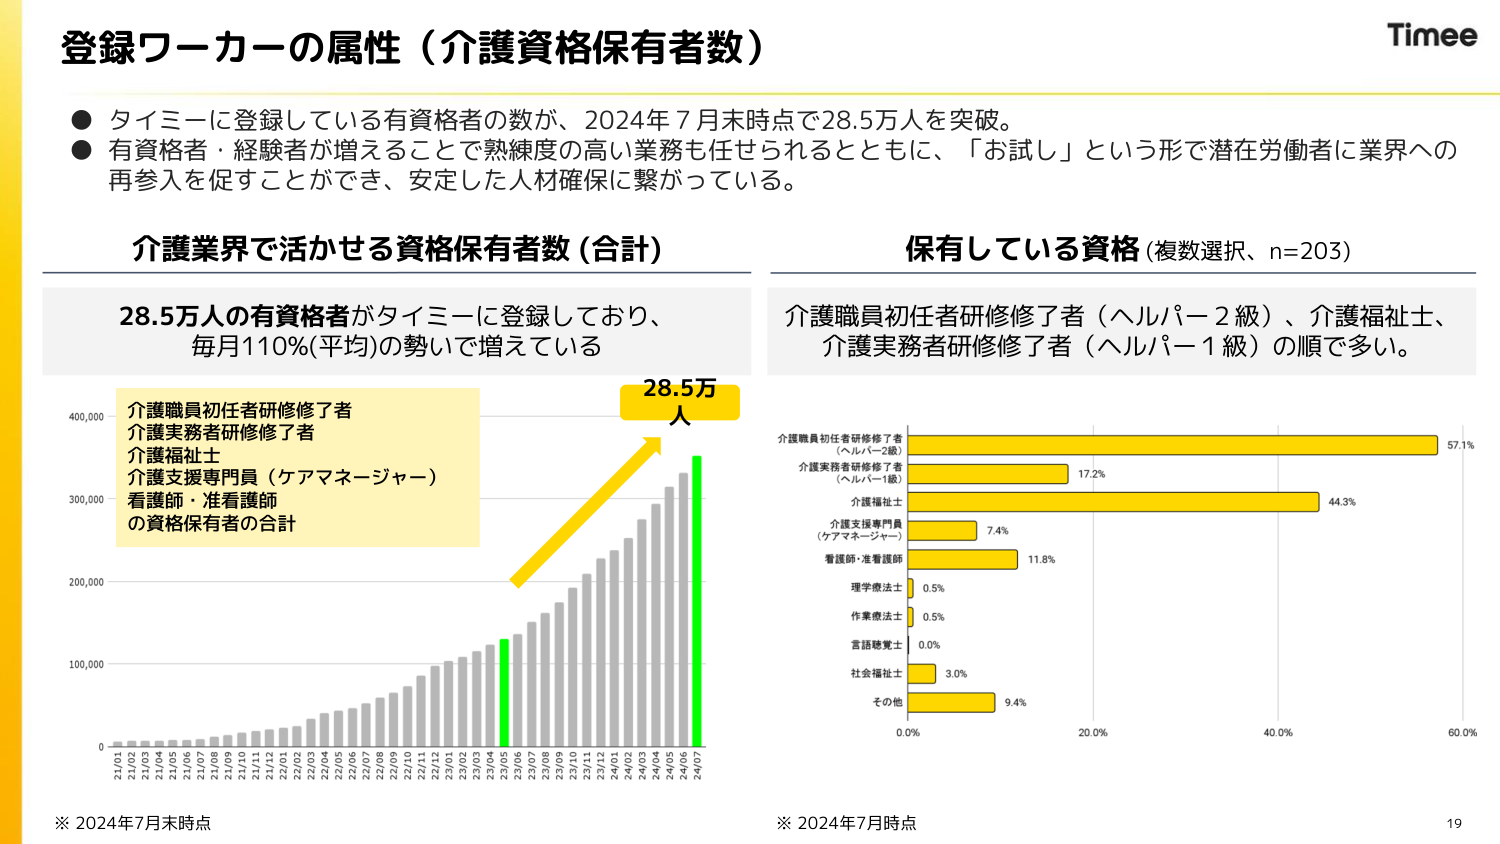
登録ワーカーの属性（介護資格保有者数）

● タイミーに登録している有資格者の数が、2024年7月末時点で28.5万人を突破。
● 有資格者・経験者が増えることで熟練度の高い業務も任せられるとともに、「お試し」という形で潜在労働者に業界への再参入を促すことができ、安定した人材確保に繋がっている。

介護業界で活かせる資格保有者数（合計）
28.5万人の有資格者がタイミーに登録しており、
毎月110%(平均)の勢いで増えている

介護職員初任者研修修了者
介護実務者研修修了者
介護福祉士
介護支援専門員（ケアマネージャー）
看護師・准看護師
の資格保有者の合計

28.5万人

※ 2024年7月末時点

保有している資格（複数選択、n=203）
介護職員初任者研修修了者（ヘルパー2級）、介護福祉士、
介護実務者研修修了者（ヘルパー1級）の順で多い。

介護職員初任者研修修了者
（ヘルパー2級） 57.1%
介護実務者研修修了者
（ヘルパー1級） 17.2%
介護福祉士 44.3%
介護支援専門員
（ケアマネージャー） 7.4%
看護師・准看護師 11.8%
理学療法士 0.5%
作業療法士 0.5%
言語聴覚士 0.0%
社会福祉士 3.0%
その他 9.4%

※ 2024年7月時点

Timee
19